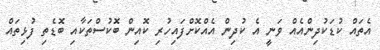
އެތައް ކުޑަކުދިންއެއް ވަނީ އެ ކުދިން އެއްކޮށްފައިހުރި ކޮއިން ބޮކުސްތަކާއި ބޮޑެތި ފުޅިތައް